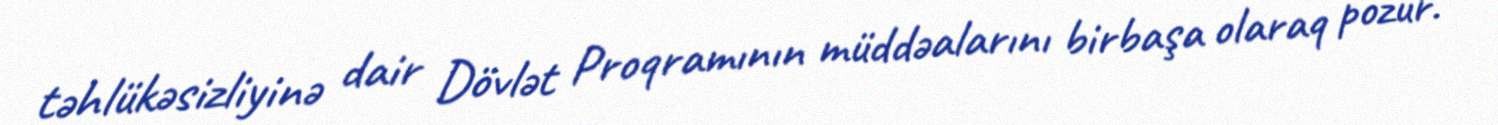
təhlükəsizliyinə dair Dövlət Proqramının müddəalarını birbaşa olaraq pozur.